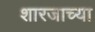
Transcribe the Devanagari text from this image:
शारजाच्या